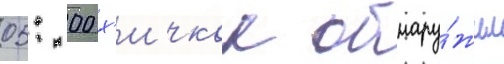
05: 00 х'ичкок обнару́жил